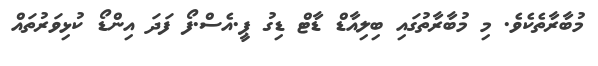
މުބާރާތެކެވެ. މި މުބާރާތުގައި ބިލިއާޑް ޑާޓް ޑިގު ޕީ.އެސް.ފޯ ފަދަ އިންޑޯ ކުޅިވަރުތައް